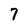
Character: 7